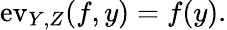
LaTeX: \mathrm{ev}_{Y,Z}(f,y)=f(y).